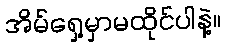
အိမ်ရှေ့မှာမထိုင်ပါနဲ့။